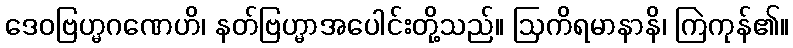
ဒေဝဗြဟ္မဂဏေဟိ၊ နတ်ဗြဟ္မာအပေါင်းတို့သည်။ ဩကိရမာနာနိ၊ ကြဲကုန်၏။